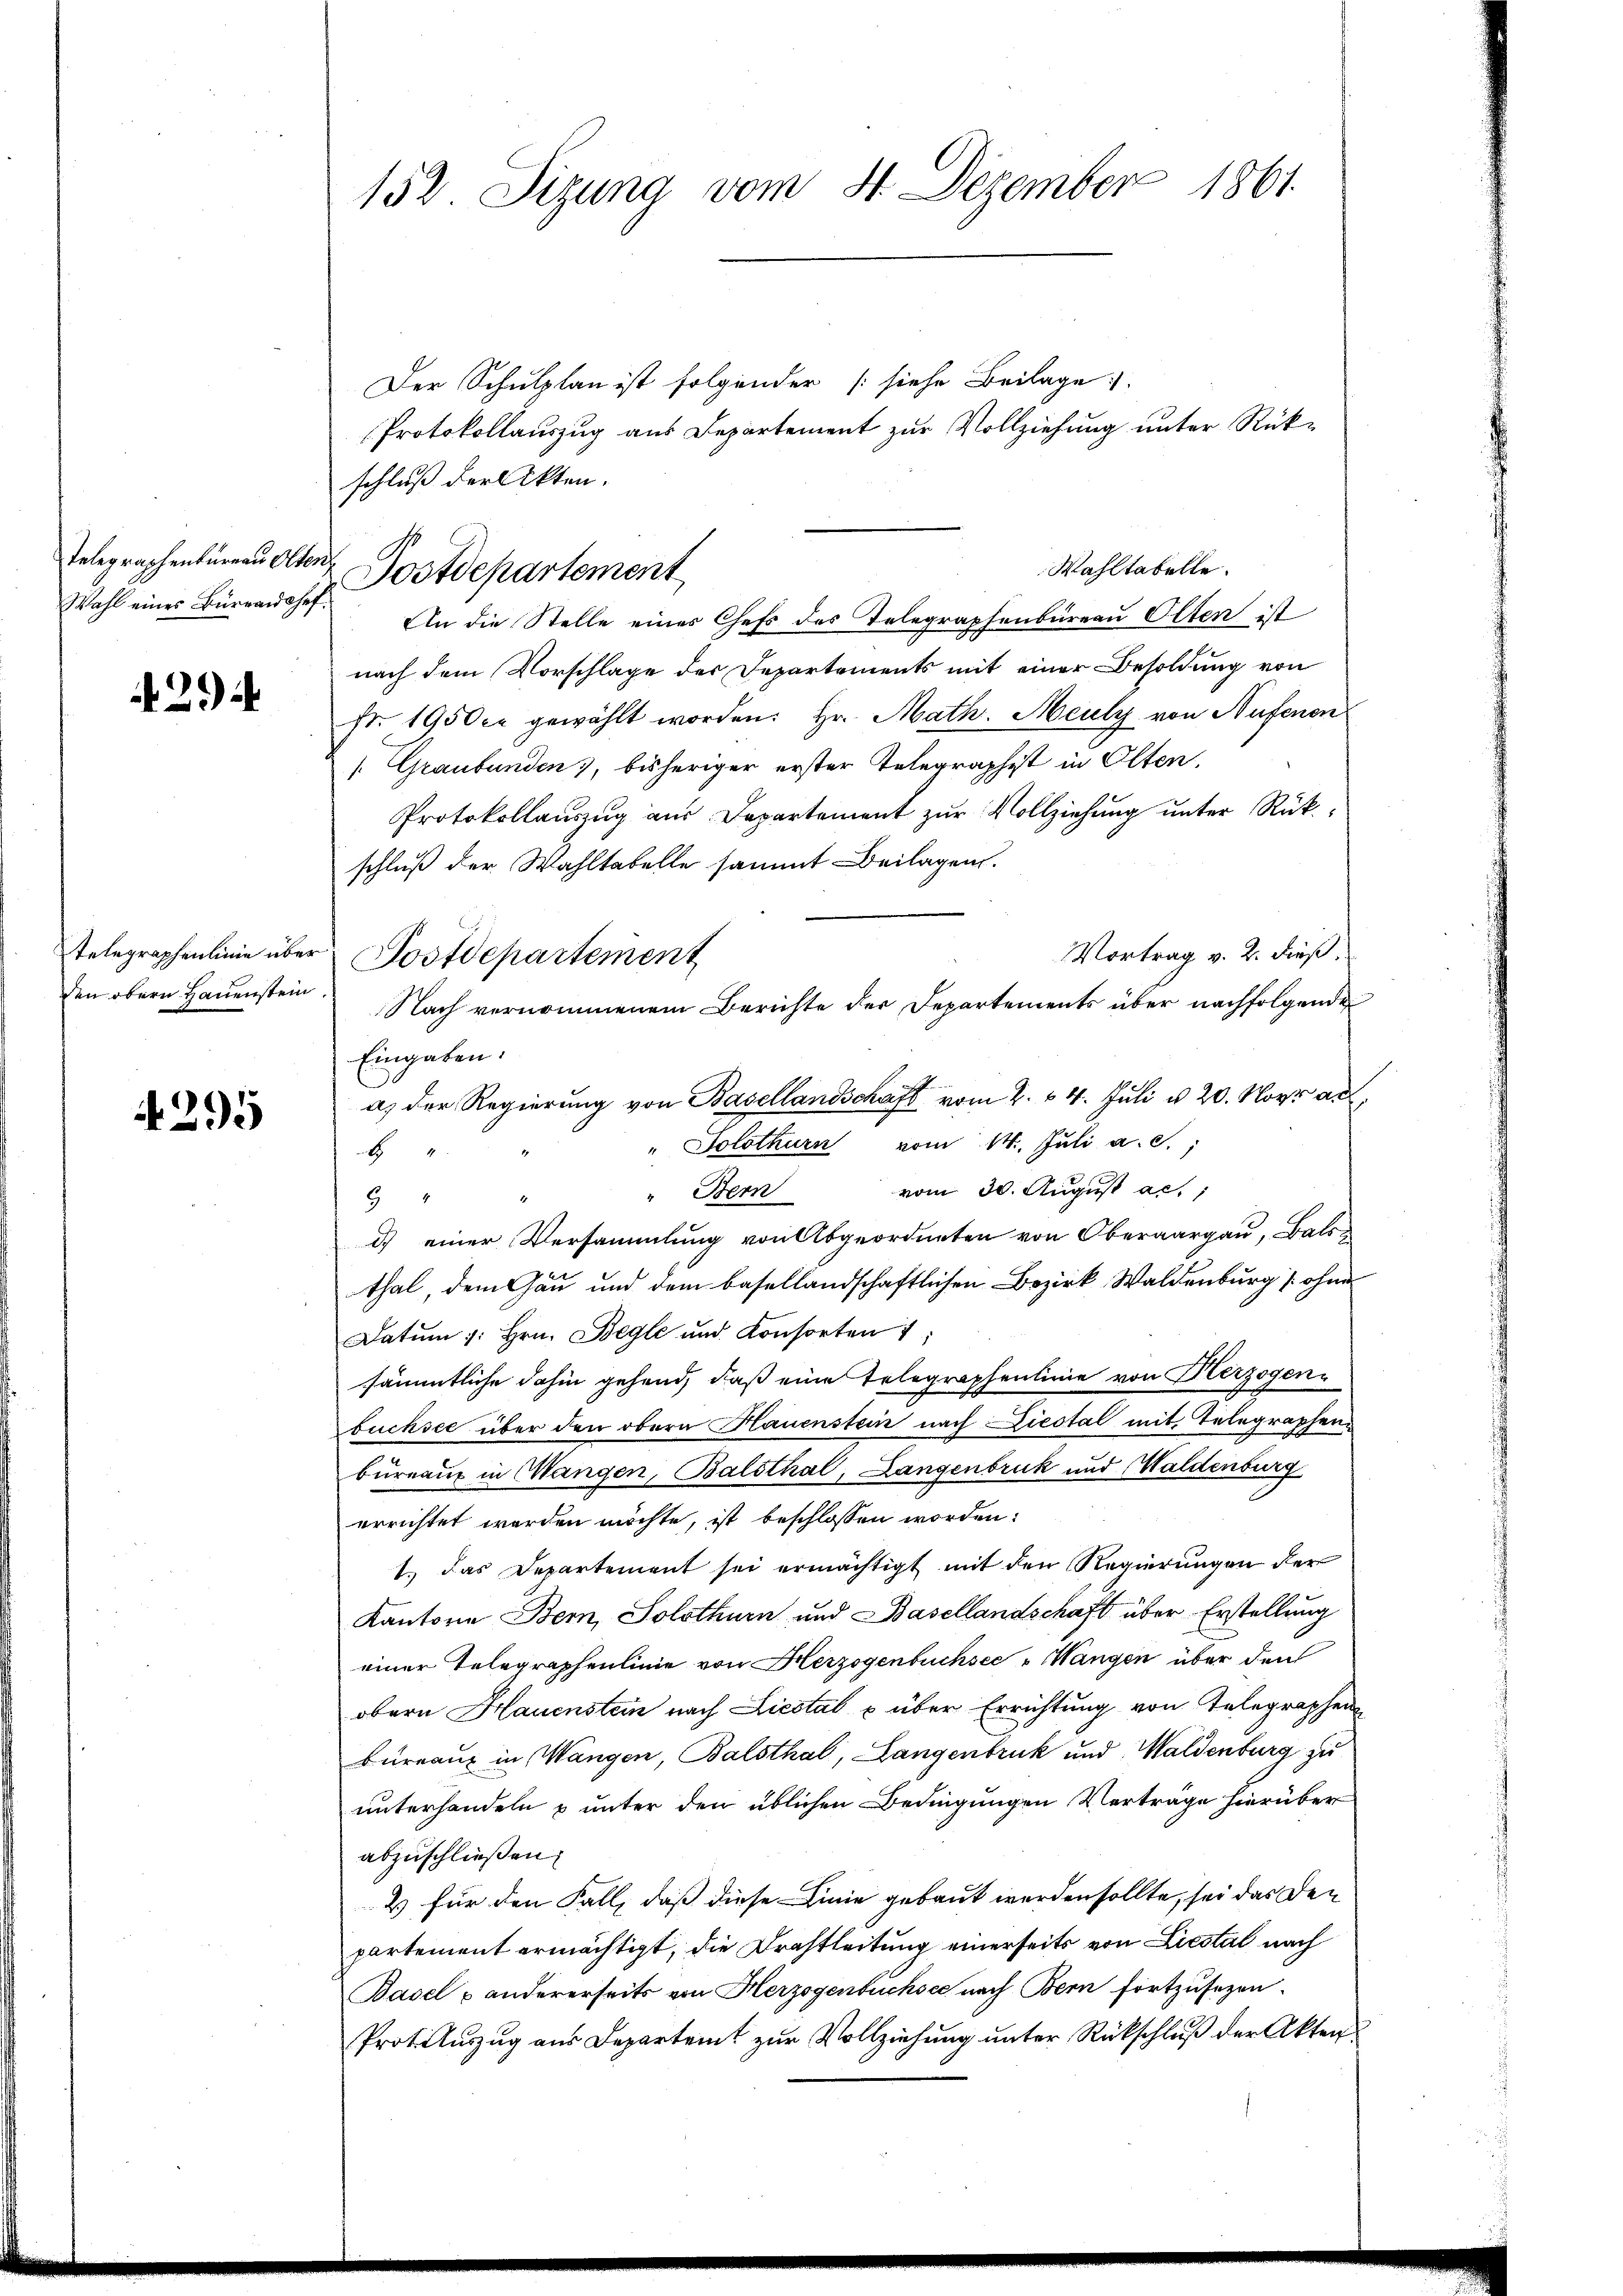
Wahl eines Bürraddohef.

429

den obern Hauenstein.

295

152 Sizung vom 4. Dezember 1861.

Der Schulplan ist folgender [siehe Beilage.
Protokollauszug aus Departement zur Vollziehung unter Rükschluß der Akten.
Wahltabelle.
An die Stelle eines Chefs des Telegraphenbüreau Olten ist
nach dem Vorschlage der Departements mit einer Besoldung von
Fr. 1950 er gewählt worden. Hr. Math. Meuly von Nufenen
/. Graubünden, bisheriger erster Telegraphist in Olten,
Protokollauszug aus Departement zur Vollziehung unter Rükschluß der Wahltabelle sammt Beilagen.
Vortrag v. 2. dieß.
Eingaben.
Solothurn vom 14. Juli a. c.,
1
vom 30. August ac.;
" Bern

d) einer Versammlung von Abgeordneten von Oberaargau, Bals
thal, dem Gau und dem basellandschaftlichen Bezirk Waldenburg [ohne
Datum 1. hrn. Begle und Konsorten
sämmtliche dahin gehend, daß eine Telegraphenlinie von Herzogenbüchsee über den obern Hauenstein nach Liestal mit Telegraphen.
bureaux in Wangen, Balsthal, Langenbruck und Waldenburg
errichtet worden möchte, ist beschlossen worden:
1.) Das Departement sei ermächtigt mit den Regierungen der
Kantone Bern, Solothurn und Basellandschaft über Erstellung
einer Telegraphenlinie von Herzogenbuchsee " Wangen über den
obern Hauenstein nach Liestal & über Errichtung von Telegraphenn
Büreaux in Wangen, Balsthal, Langenbruck und Waldenburg zu
unterhandeln & unter den üblichen Bedingungen Vertrage hierüber
abzuschließen.
2) für den Fall, daß diese Linie gebaut werden sollte, sei das den
partement ermächtigt, die Drahtleitung einerseits von Liestal nach
Basel & andererseits von Herzogenbuchsee nach Bern fortzusetzen.
Protauszug aus Departamt zur Vollziehung unter Rückschluß der Akten¬

Telegraphenbureau Olten Postdepartement

telegraphenlinie über Postdepartement

Nach vernommenem Berichte der Departements über nachfolgende
a. der Regierung von Basellandschaft vom 2. 14. Juli u. 20. Nov. a.,